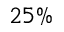
2 5 \%